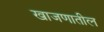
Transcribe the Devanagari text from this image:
खाजणातील